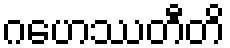
ဂဟေဿတီတိ